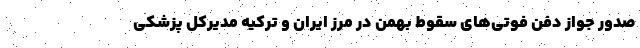
صدور جواز دفن فوتی‌های سقوط بهمن در مرز ایران و ترکیه مدیرکل پزشکی